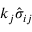
k _ { j } \hat { \sigma } _ { i j }